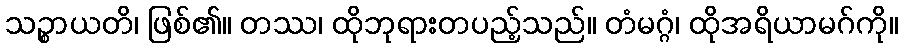
သဉ္စာယတိ၊ ဖြစ်၏။ တဿ၊ ထိုဘုရားတပည့်သည်။ တံမဂ္ဂံ၊ ထိုအရိယာမဂ်ကို။